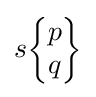
s{\begin{Bmatrix}p\\q\end{Bmatrix}}